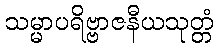
သမ္မာပရိဗ္ဗာဇနီယသုတ္တံ